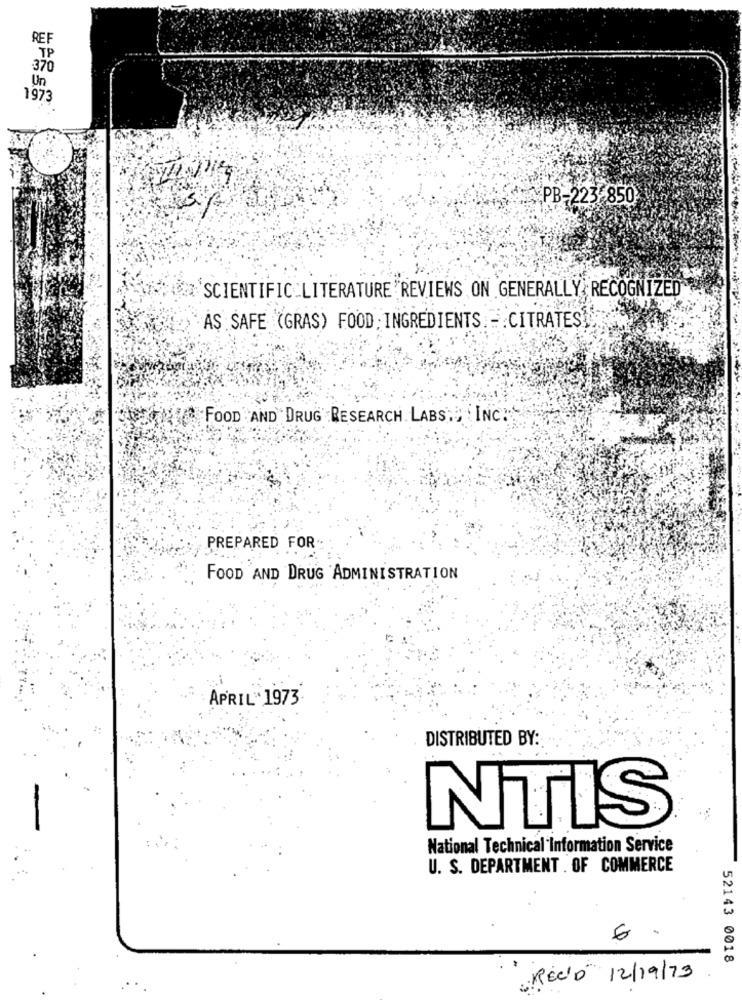
REF
TP
370
Un
1973
PB-223 850
`SCIENTIFIC LITERATURE "REVIEWS ON GENERALLY RECOGNIZED
AS SAFE (GRAS) FOOD : INGREDIENTS: -. CITRATES!
FOOD AND DRUG .RESEARCH LABS , INC.
PREPARED FOR
FOOD AND DRUG ADMINISTRATION
APRIL*1973
DISTRIBUTED BY:
NTIS
National Technical Information Service
U. S. DEPARTMENT . OF COMMERCE
6
52143 0018
Recio 12/19/73